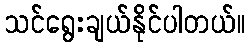
သင်ရွေးချယ်နိုင်ပါတယ်။